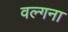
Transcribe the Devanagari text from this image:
वल्गना